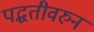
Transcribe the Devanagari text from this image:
पद्धतीवरुन